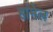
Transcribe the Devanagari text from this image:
हांमेल